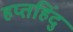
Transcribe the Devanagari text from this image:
हप्तहिंदु